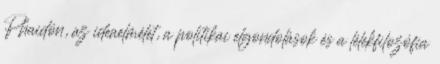
Phaidón, az ideaelmélet, a politikai elgondolások és a lélekfilozófia